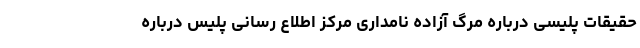
حقیقات پلیسی درباره مرگ آزاده نامداری مرکز اطلاع رسانی پلیس درباره